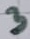
Text: 3